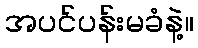
အပင်ပန်းမခံနဲ့။